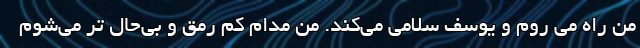
من راه می روم و یوسف سلامی می‌کند. من مدام کم رمق و بی‌حال تر می‌شوم